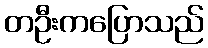
တဦးကပြောသည်